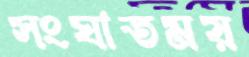
সংঘাতময়